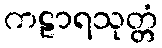
ကဠာရသုတ္တံ